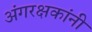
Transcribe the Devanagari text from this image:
अंगरक्षकांनी